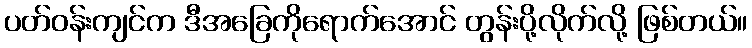
ပတ်ဝန်းကျင်က ဒီအခြေကိုရောက်အောင် တွန်းပို့လိုက်လို့ ဖြစ်တယ်။